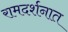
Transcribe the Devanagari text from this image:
रामदर्शनात